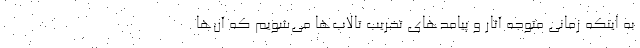
به اینکه زمانی متوجه آثار و پیامدهای تخریب تالاب‌ها می‌شویم که آن‌ها